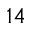
^ { 1 4 }